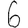
Digit: 6